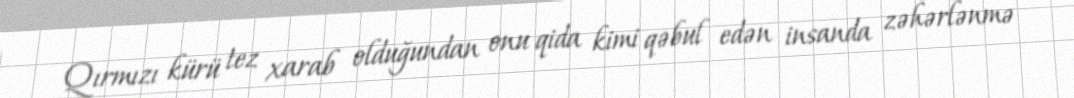
Qırmızı kürü tez xarab olduğundan onu qida kimi qəbul edən insanda zəhərlənmə